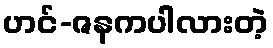
ဟင်-ဇနကပါလားတဲ့